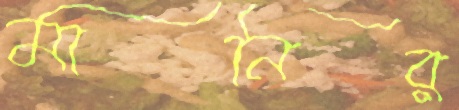
মানির